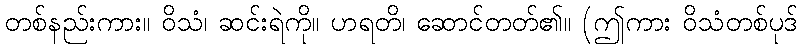
တစ်နည်းကား။ ဝိသံ၊ ဆင်းရဲကို။ ဟရတိ၊ ဆောင်တတ်၏။ (ဤကား ဝိသံတစ်ပုဒ်